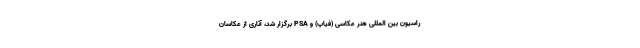
راسیون بین المللی هنر عکاسی (فیاپ) و PSA برگزار شد، آثاری از عکاسان